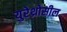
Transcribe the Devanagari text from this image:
युरेथ्रोसील